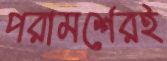
পরামর্শেরই